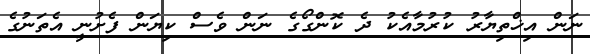
ނަން އިޚްތިޔާރު ކުރުމާއެކު ދެ ކޮންގޯގެ ނަން ވެސް ކިޔަން ފެށުނީ އެތަނުގެ